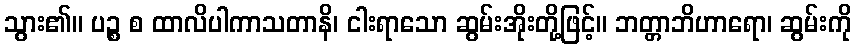
သွား၏။ ပဉ္စ စ ထာလိပါကာသတာနိ၊ ငါးရာသော ဆွမ်းအိုးတို့ဖြင့်။ ဘတ္တာဘိဟာရော၊ ဆွမ်းကို